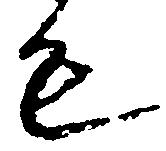
も